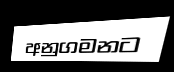
අනුගමනට